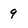
Character: 9